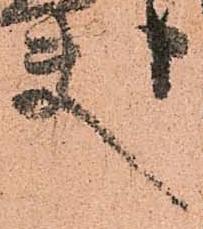
夫